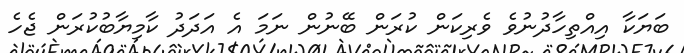
ބަޔަކާ އިއްތިހާދުނުވެ ވެރިކަން ކުރަން ބޭނުން ނަމަ އެ އަދަދު ކާމިޔާބުކުރަން ޖެހެ